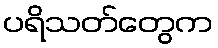
ပရိသတ်တွေက